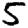
Digit: 5